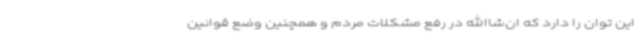
این توان را دارد که ان‌شاالله در رفع مشکلات مردم و همچنین وضع قوانین